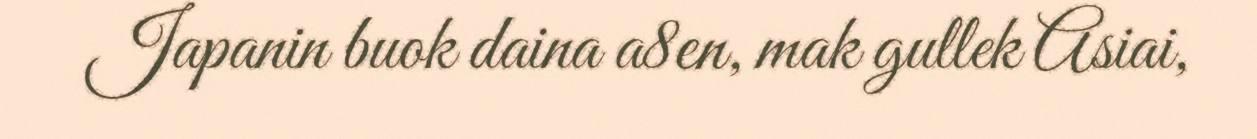
Japanin buok daina a8en, mak gullek Asiai,